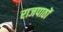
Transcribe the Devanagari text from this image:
राजपाठों